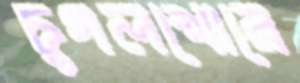
চুগলখোরে